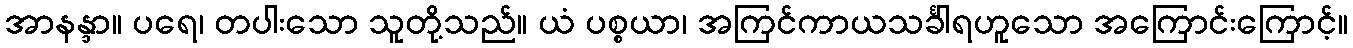
အာနန္ဒာ။ ပရေ၊ တပါးသော သူတို့သည်။ ယံ ပစ္စယာ၊ အကြင်ကာယသင်္ခါရဟူသော အကြောင်းကြောင့်။